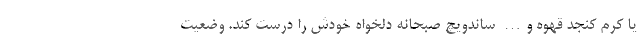
یا کرم کنجد قهوه و… ساندویچ صبحانه دلخواه خودش را درست کند. وضعیت